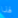
لهذا